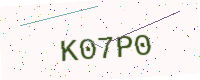
Text: K07P0